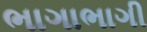
ભાગાભાગી